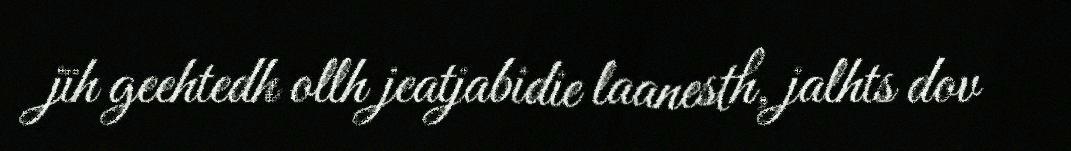
jïh geehtedh ollh jeatjabidie laanesth, jalhts dov